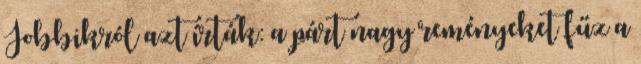
Jobbikról azt írták: a párt nagy reményeket fűz a